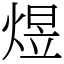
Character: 煜